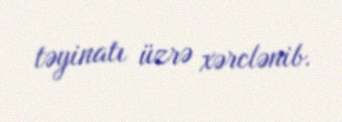
təyinatı üzrə xərclənib.